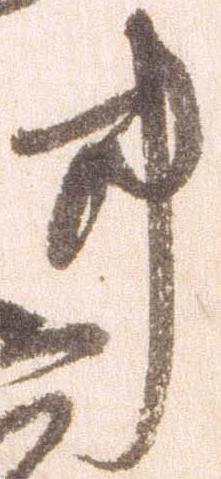
事